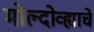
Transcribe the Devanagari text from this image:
मोल्दोव्ह्याचे